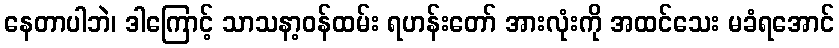
နေတာပါဘဲ၊ ဒါကြောင့် သာသနာ့ဝန်ထမ်း ရဟန်းတော် အားလုံးကို အထင်သေး မခံရအောင်